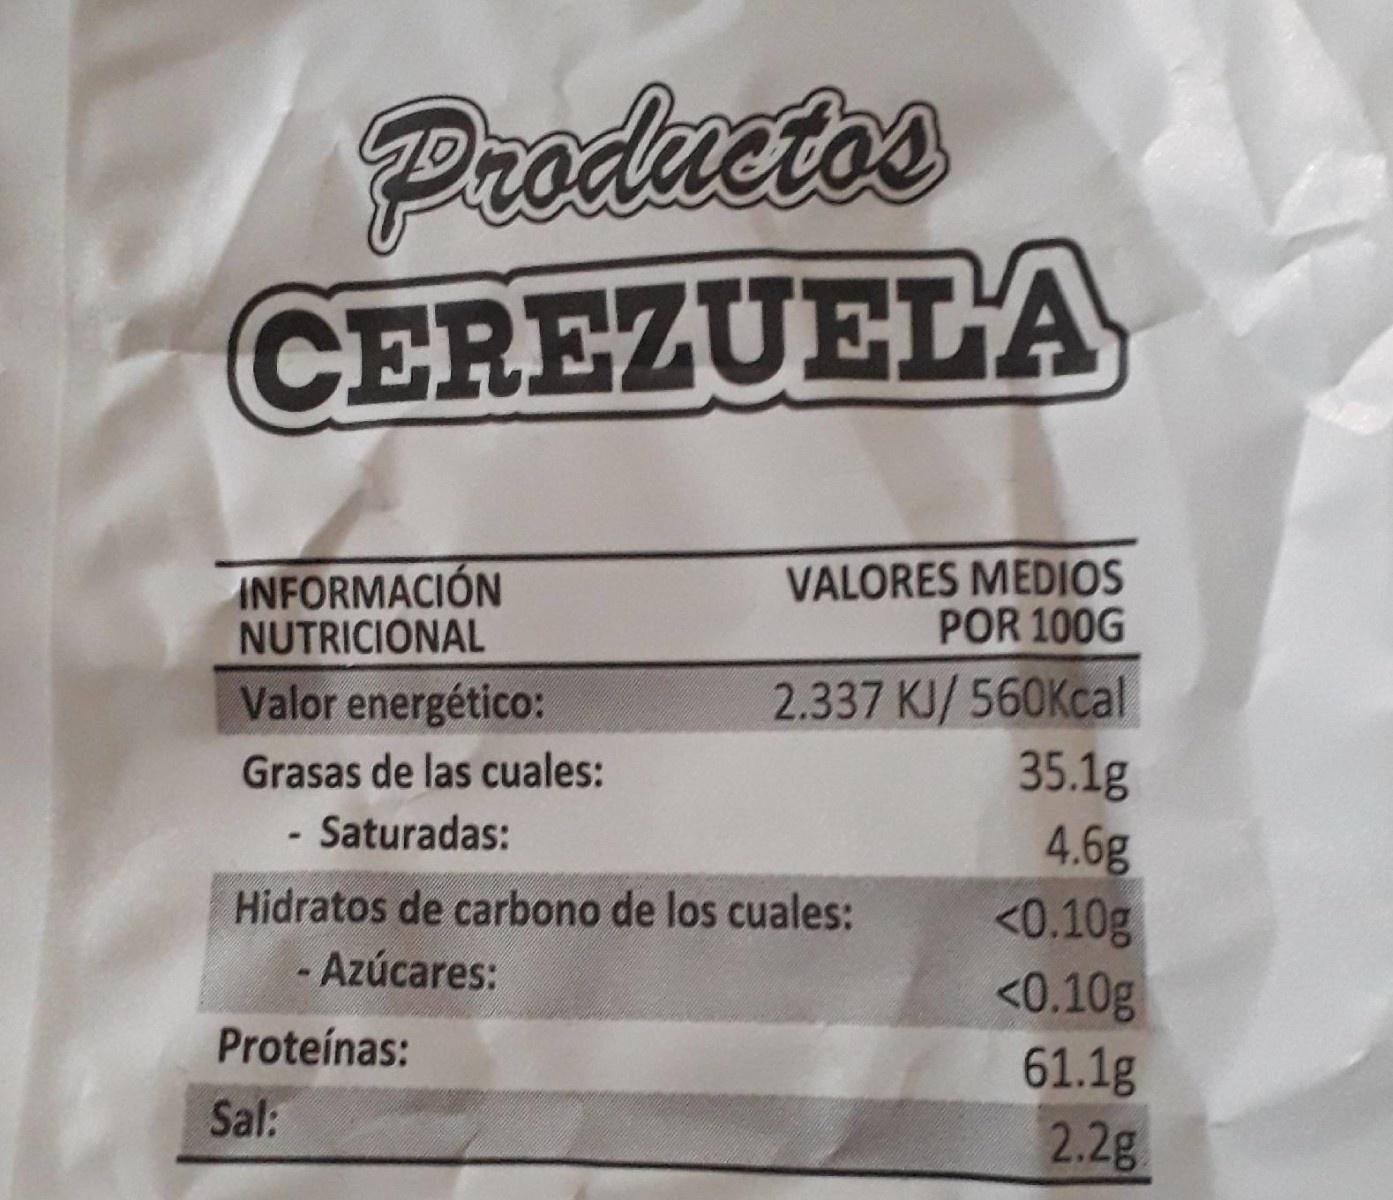
Productos
CEREZUELA
INFORMACIÓN NUTRICIONAL
VALORES MEDIOS POR 100G
2.337 KJ/ 560Kcal 35.1g 4.6g <0.10g <0.10g
Valor energético:
Grasas de las cuales:
- Saturadas:
Hidratos de carbono de los cuales:
- Azúcares:
Proteínas:
61.1g
Sal:
2.2g